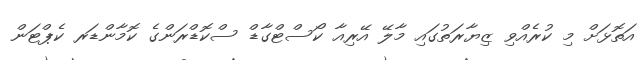
އަތޮޅަށް މި ކުރެއްވި ޒިޔާރަތުގައި މާލޭ އޭރިއާ ކޯސްޓްގާޑް ސްކޮޑްރަންގެ ކޮމާންޑަރ ކެޕްޓަން